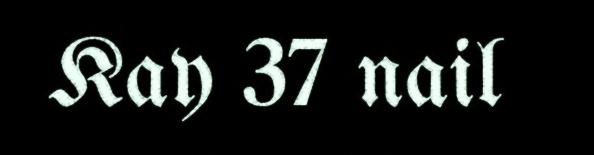
Kay 37 nail